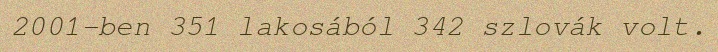
2001-ben 351 lakosából 342 szlovák volt.